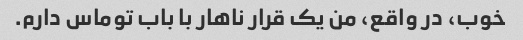
خوب، در واقع، من یک قرار ناهار با باب توماس دارم.